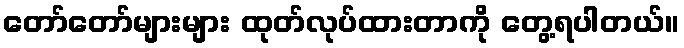
တော်တော်များများ ထုတ်လုပ်ထားတာကို တွေ့ရပါတယ်။